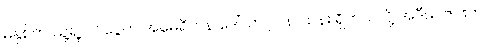
မနှစ်က သူ့ရဲ့ ဝင်ငွေက အမေရိကန် ဒေါ်လာ ၂၁၈ သန်း ရှိတယ်လို့ အဲဒီမဂ္ဂဇင်းက